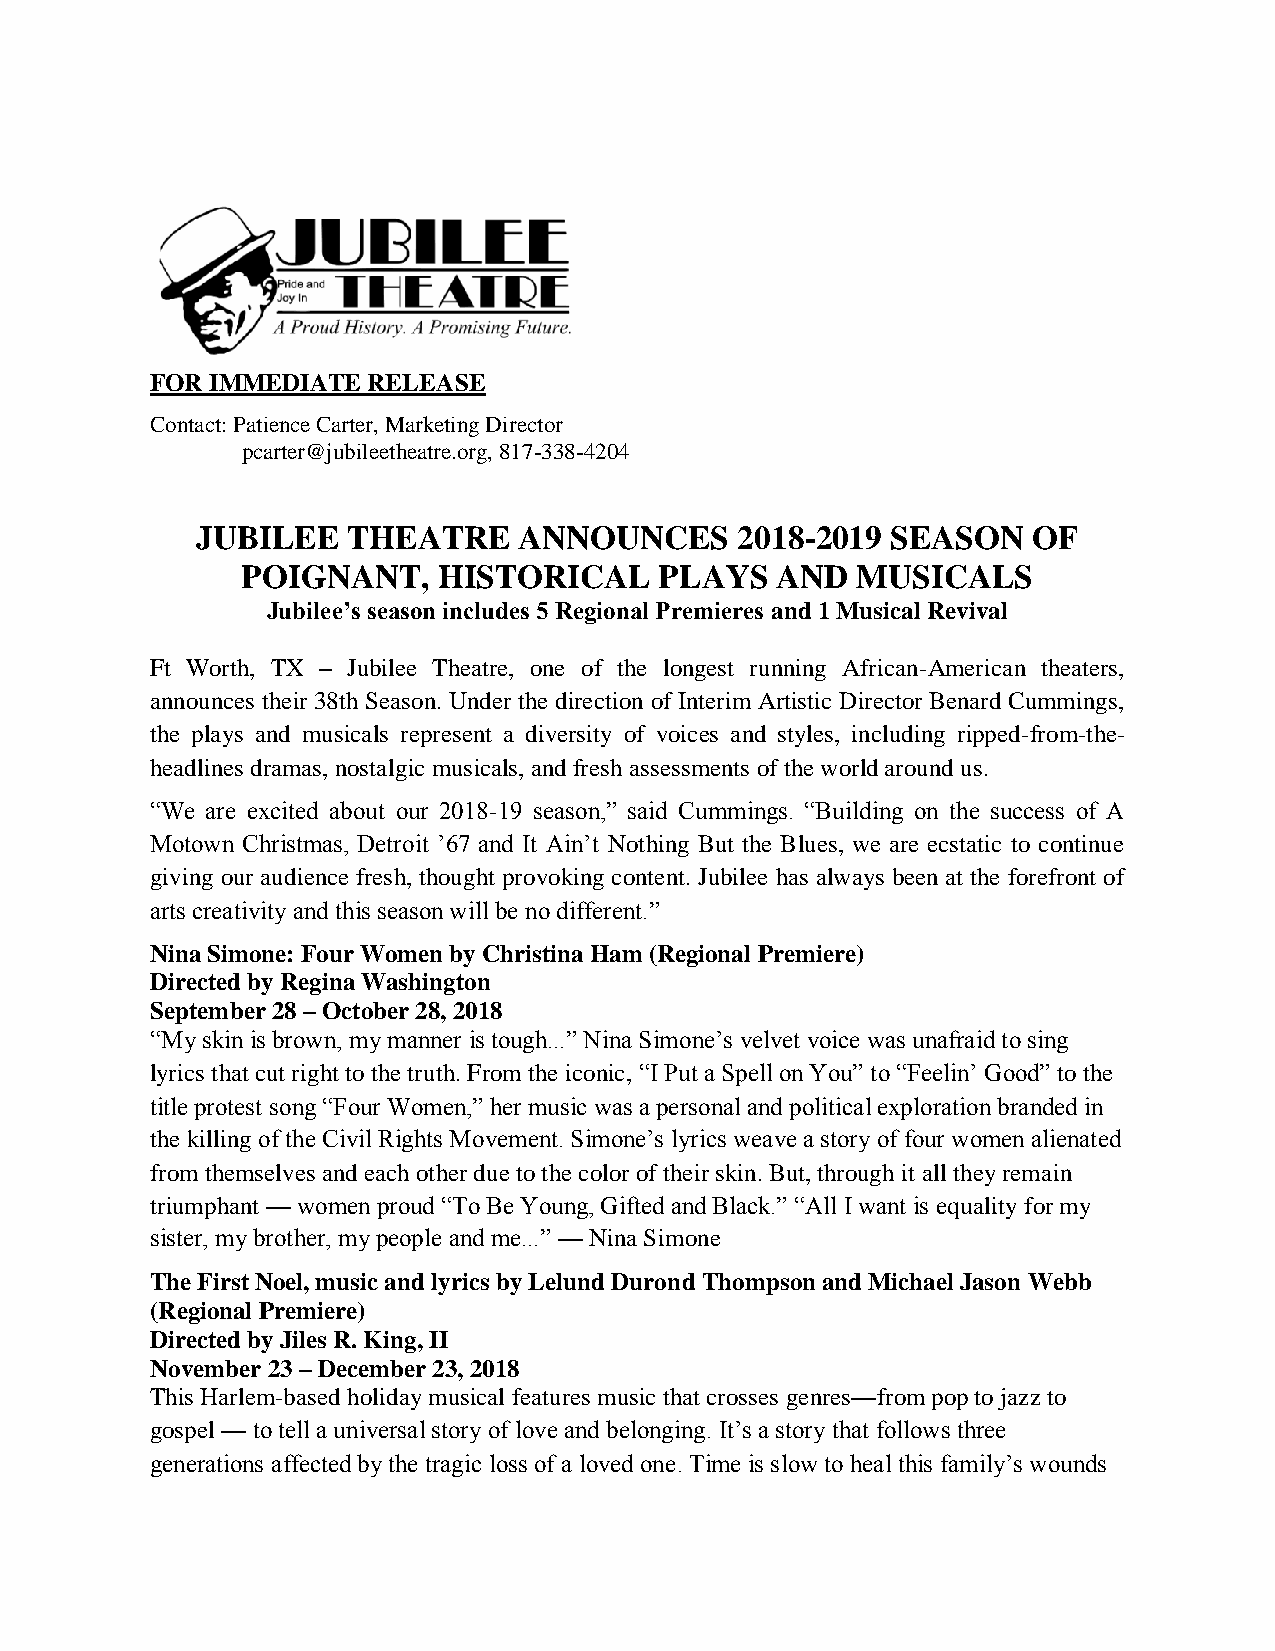
FOR IMMEDIATE RELEASE
 Contact: Patience Carter, Marketing Director
 pcarter@jubileetheatre.org, 817-338-4204
 JUBILEE   THEATRE    ANNOUNCES      2018-2019 SEASON   OF
 POIGNANT,    HISTORICAL     PLAYS  AND   MUSICALS
 Jubilee’s season includes 5 Regional Premieres and 1 Musical Revival
 Ft Worth, TX – Jubilee Theatre, one of the longest running African-American theaters,
 announces their 38th Season. Under the direction of Interim Artistic Director Benard Cummings,
 the plays and musicals represent a diversity of voices and styles, including ripped-from-the-
 headlines dramas, nostalgic musicals, and fresh assessments of the world around us.
 “We are excited about our 2018-19 season,” said Cummings. “Building on the success of A
 Motown Christmas, Detroit ’67 and It Ain’t Nothing But the Blues, we are ecstatic to continue
 giving our audience fresh, thought provoking content. Jubilee has always been at the forefront of
 arts creativity and this season will be no different.”
 Nina Simone: Four Women by Christina Ham (Regional Premiere)
 Directed by Regina Washington
 September 28 – October 28, 2018
 “My skin is brown, my manner is tough...” Nina Simone’s velvet voice was unafraid to sing
 lyrics that cut right to the truth. From the iconic, “I Put a Spell on You” to “Feelin’ Good” to the
 title protest song “Four Women,” her music was a personal and political exploration branded in
 the killing of the Civil Rights Movement. Simone’s lyrics weave a story of four women alienated
 from themselves and each other due to the color of their skin. But, through it all they remain
 triumphant — women proud “To Be Young, Gifted and Black.” “All I want is equality for my
 sister, my brother, my people and me...” — Nina Simone
 The First Noel, music and lyrics by Lelund Durond Thompson and Michael Jason Webb
 (Regional Premiere)
 Directed by Jiles R. King, II
 November 23 – December 23, 2018
 This Harlem-based holiday musical features music that crosses genres—from pop to jazz to
 gospel — to tell a universal story of love and belonging. It’s a story that follows three
 generations affected by the tragic loss of a loved one. Time is slow to heal this family’s wounds